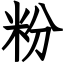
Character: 粉